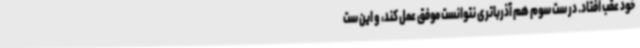
خود عقب افتاد. در ست سوم هم آذرباتری نتوانست موفق عمل کند، و این ست